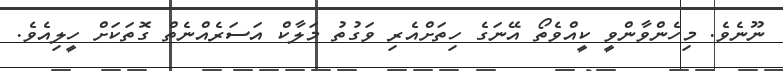
ނޫނެވެ. މިހެންވާންވީ ކީއްވެތޯ އޭނަގެ ހިތަށްއެރި ވަގުތު މަލާކް އަސަރެއްނެތް ގޮތަކަށް ހީލިއެވެ.